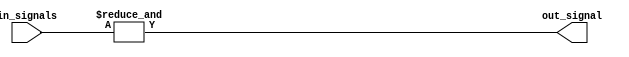
module eight_input_and_gate(
    input [7:0] in_signals,
    output out_signal
);

assign out_signal = &in_signals;

endmodule